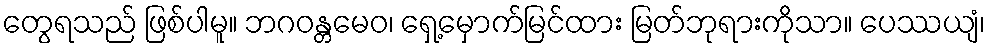
တွေရသည် ဖြစ်ပါမူ။ ဘဂဝန္တမေဝ၊ ရှေ့မှောက်မြင်ထား မြတ်ဘုရားကိုသာ။ ပေဿယျံ၊